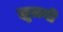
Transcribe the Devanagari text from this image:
झुलनी